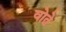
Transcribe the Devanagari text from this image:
वोते